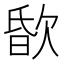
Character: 𣣏